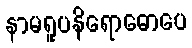
နာမရူပနိရောဓောပေ